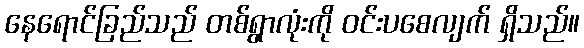
နေရောင်ခြည်သည် တစ်ရွာလုံးကို ဝင်းပစေလျက် ရှိသည်။